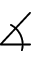
\measuredangle